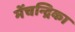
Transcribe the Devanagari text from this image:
मेंचन्द्रिका